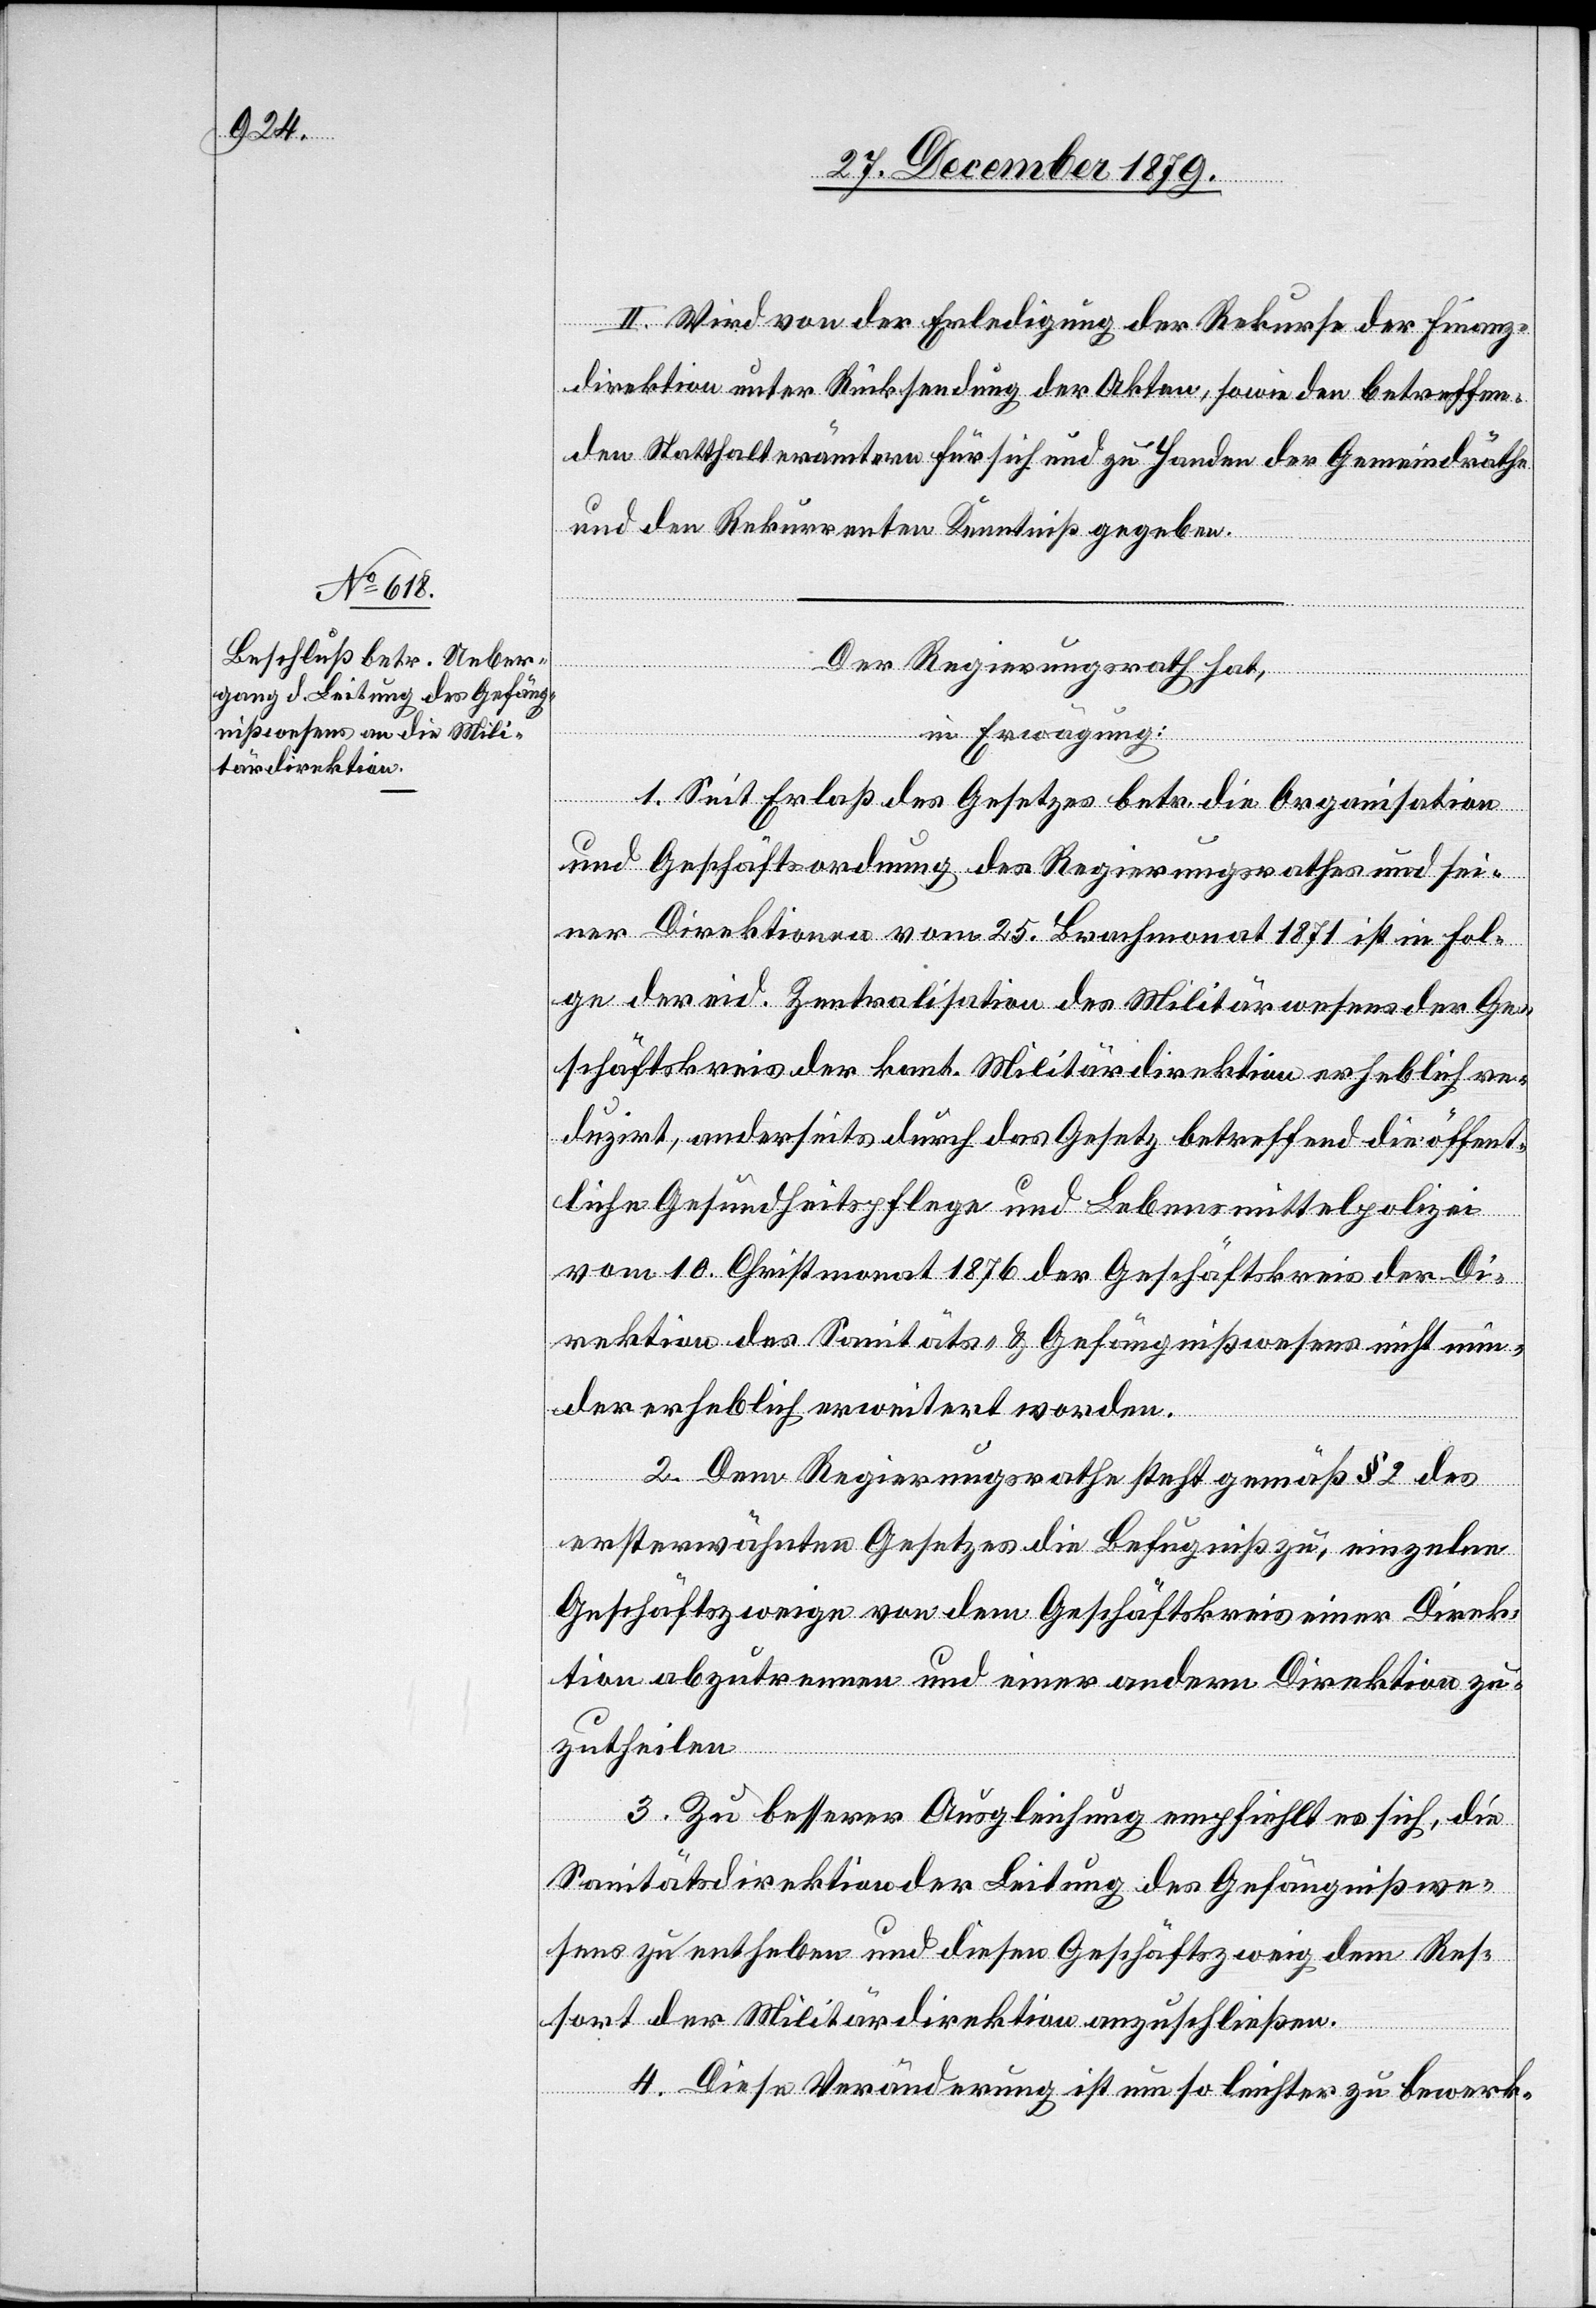
III. Wird von der Erledigung der Rekurse der Finanz¬
direktion unter Rücksendung der Akten, sowie der betreffen¬
den Statthalterämtern für sich und zu Handen der Gemeindräthe
und den Rekurrenten Kenntniß gegeben.
Der Regierungsrath hat,
in Erwägung:
1. Seit Erlaß des Gesetzes betr. die Organisation
und Geschäftsordnung des Regierungsrathes und sei¬
ner Direktionen vom 25. Brachmonat 1871 ist in Fol¬
ge der eid. Zentralisation des Militärwesens der Ge¬
schäftskreis der kant. Militärdirektion erheblich re¬
duzirt, anderseits durch das Gesetz betreffend die öffent¬
liche Gesundheitspflege und Lebensmittelpolizei
vom 10. Christmonat 1876 der Geschäftskreis der Di¬
rektion des Sanitäts- & Gefängnißwesens nicht min¬
der erheblich erweitert worden.
2. Dem Regierungsrath steht gemäß § 2 des
ersterwähnten Gesetzes die Befugniß zu, einzelne
Geschäftszweige von dem Geschäftskreis einer Direk¬
tion abzutrennen und einer andern Direktion zu¬
zutheilen.
3. Zu besserer Ausgleichung empfiehlt es sich, die
Sanitätsdirektion der Leitung des Gefängnißwe¬
sens zu entheben und diesen Geschäftszweig dem Res¬
sort der Militärdirektion anzuschließen.
4. Diese Veränderung ist um so leichter zu bewerk-